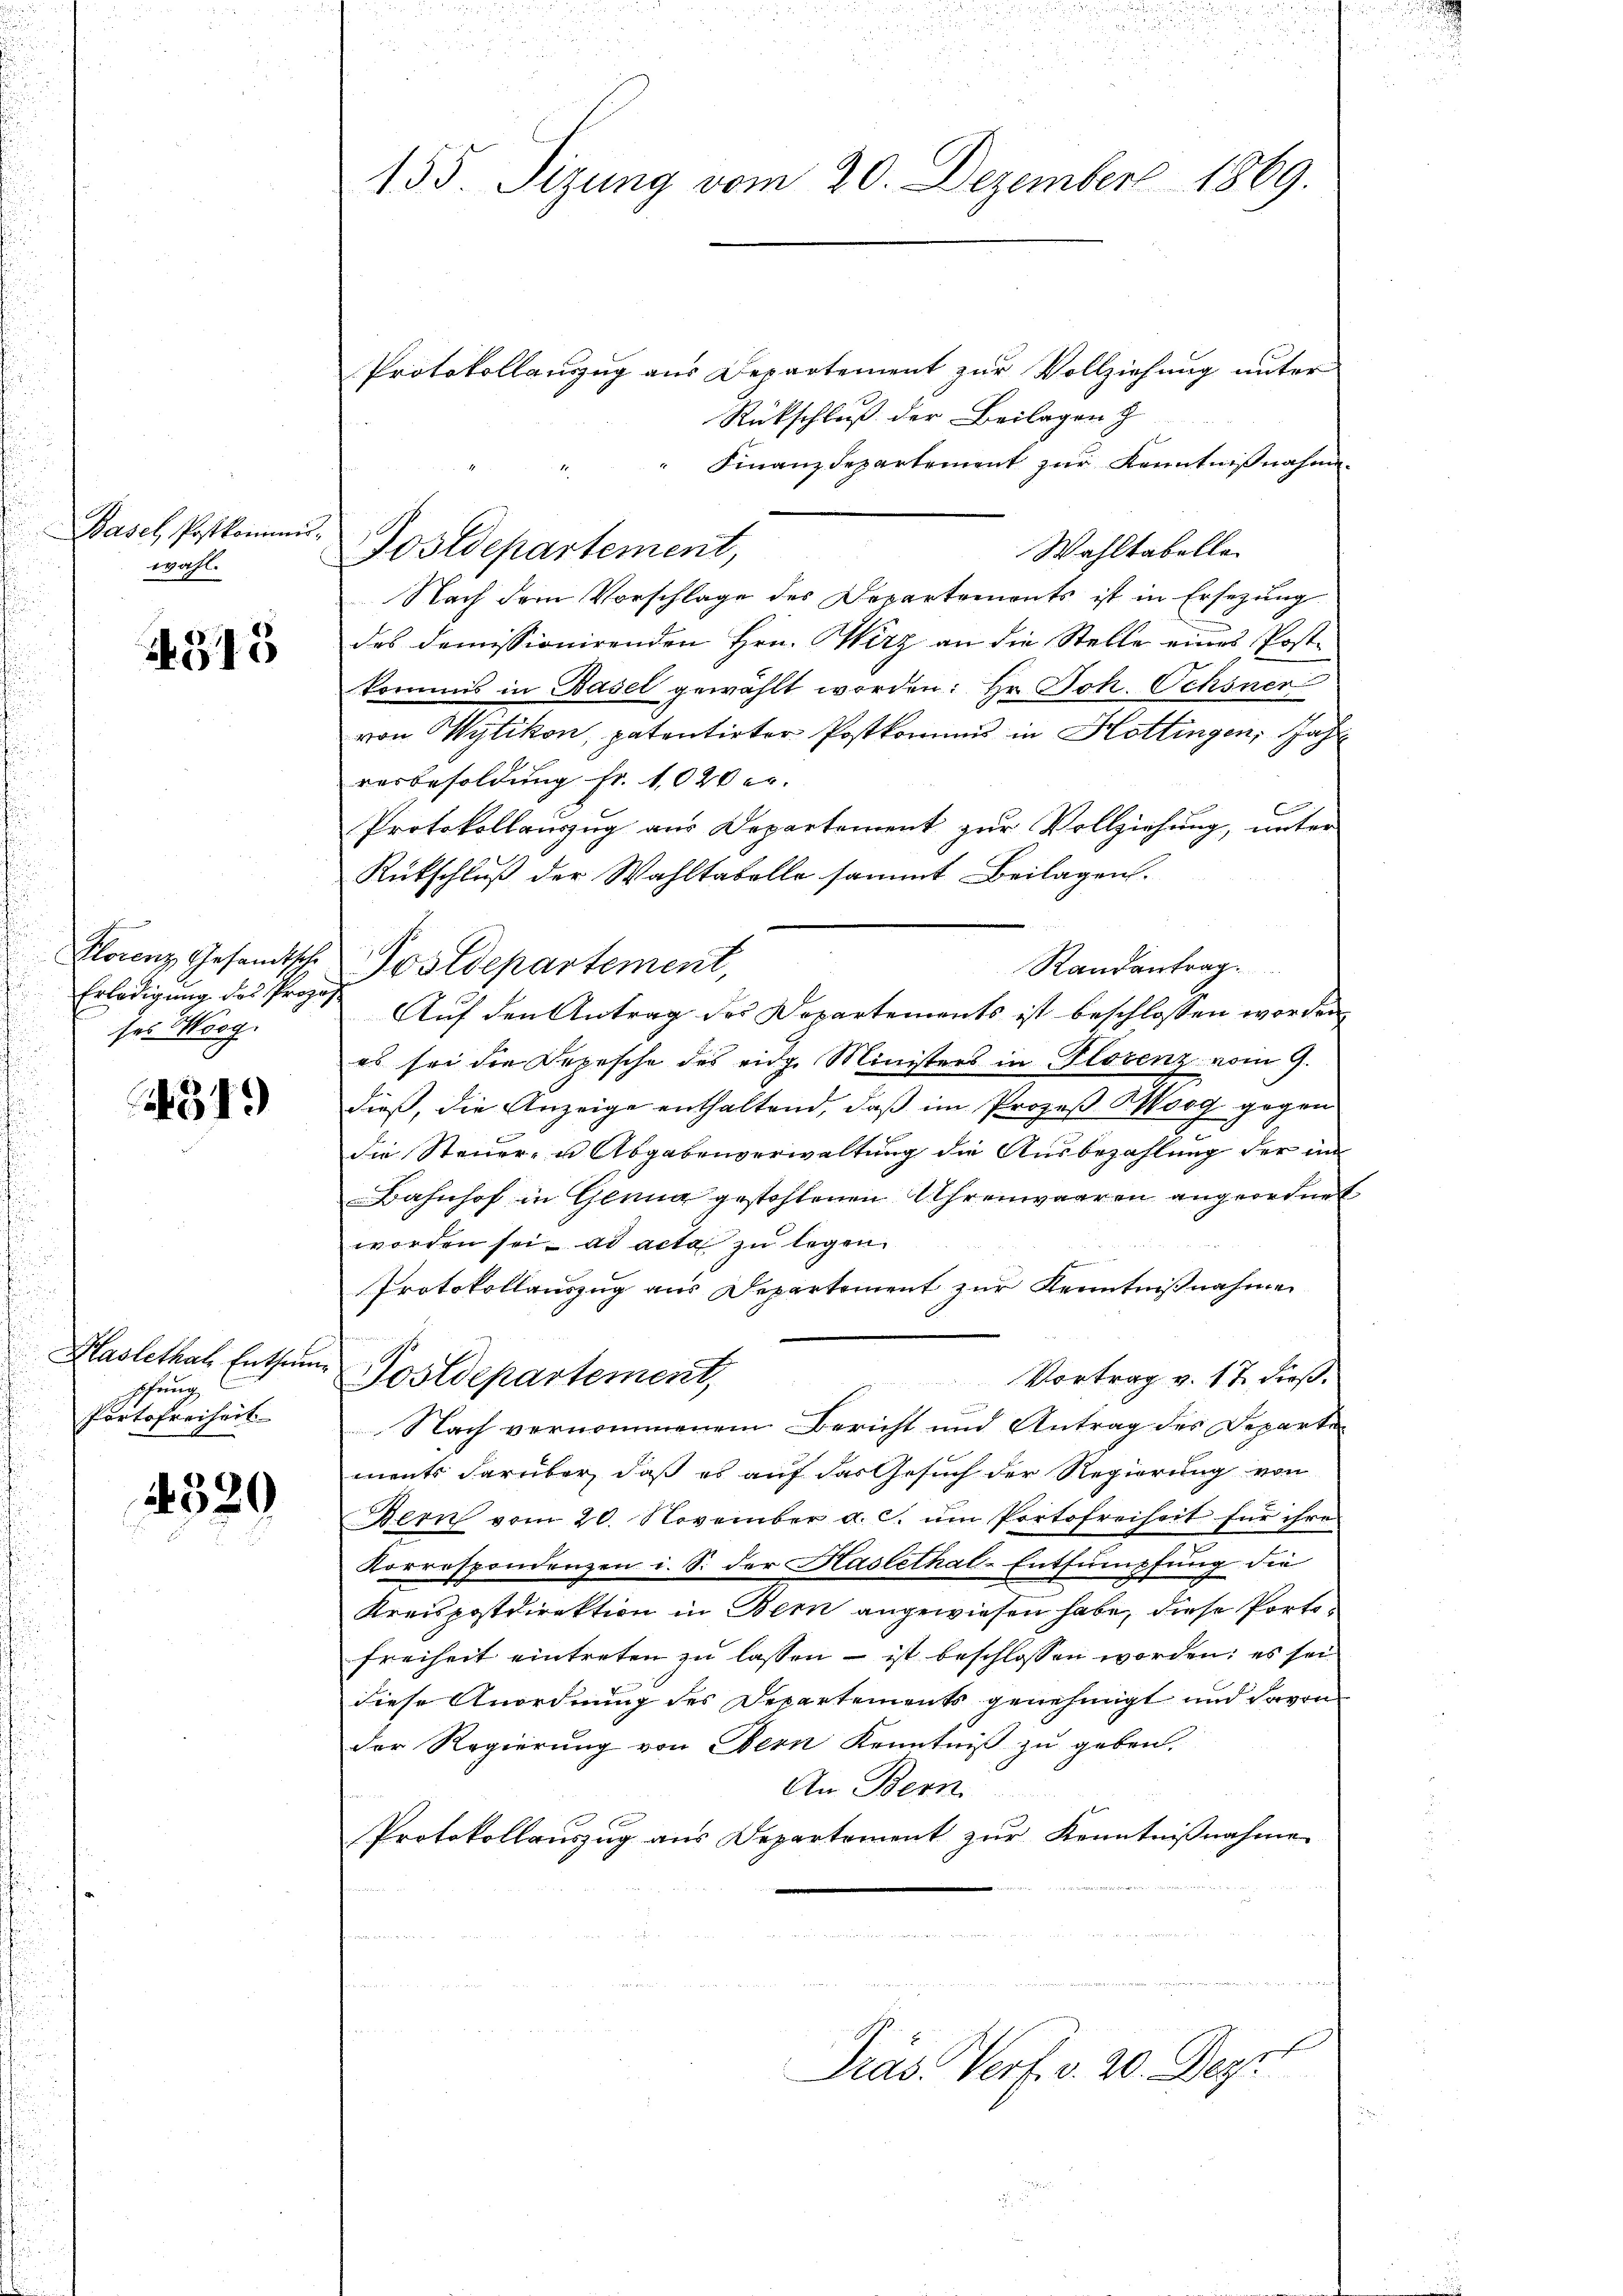
Basel, Postkommiswahl.

315

Klorenz Gesandtsche
Erledigung des Proze
ses Woog.

451.

Haslethal Enthum
fahrung
Portofreiheit

4320

a
i
155 Sizung vom 20. Dezember 1869.

Protokollauszug aus Departement zur Vollziehung unter
Rückschluß der Beilagen z
Finanzdepartement zur Kenntnißnahme
Wahltabelle
Nach dem Vorschlage des Departements ist in Ersezung
des domissionirenden Hrn. Wirz an die Stelle eines Postkommis in Basel gewählt worden: Hr. Joh. Ochsner
von Wytikon, patentirter Postkommis in Hottingen, Jahr
resbesoldung fr. 1020 e
Protokollauszug aus Departement zur Vollziehung, unter
Rückschluß der Wahltabelle sammt Beilagen.
Postdepartement,
Randantrag
Auf den Antrag des Departements ist beschlossen worden
es sei die Depesche des eidg. Ministers in Florenz vom 9.
dieß, die Anzeige enthaltend, daß im Prozeß Koog gegen
die Steuer- u Abgabenverwaltung die Ausbezahlung der im
Bahnhof in Gönna gestohlenen Uhrenwaaren angeordnet
worden sei, ad acta zu legen.
f
Protokollauszug aus Departement zur Kenntnißnahme
Vortrag v. 17. dieß.
Postdepartement,
Nach vernommenem Bericht und Antrag des Departen
ments darüber, daß es auf das Gesuch der Regierung von
Bern vom 20. November a. c. ŭm Portofreiheit für ihre
Korrespondenzen i. S. der Haslethat-Entsumpfung die
Kreispostdirektion in Bern angewiesen habe, diese Portofreiheit eintreten zu lassen – ist beschlossen worden: es sei
diese Anordnung des Departements genehmigt und davon
Der Regierung von Bern Kenntniß zu geben.
An Bern
Protokollauszug aus Departement zur Kenntnißnahme
n
1
Präs. Verf. v. 20. Dez.

Postdepartement,